Report on inoculation in the plague infected areas of the Punjab and its dependencies from October 1900 to September 1901
Year: 1900
Disease focus: Plague
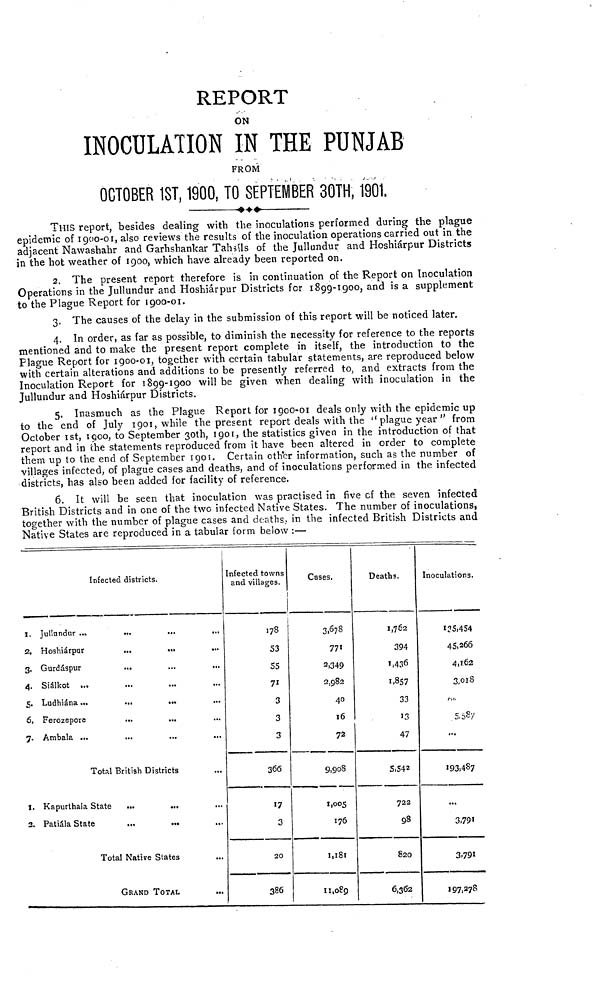
REPORT
ON
INOCULATION IN THE PUNJAB
FROM
OCTOBER 1ST, 1900, TO SEPTEMBER 30TH, 1901.
THIS report, besides dealing with the inoculations performed during the plague
epidemic of 1900-01, also reviews the results of the inoculation operations carried out in the
adjacent Nawashahr and Garhshankar Tahsíls of the Jullundur and Hoshiárpur Districts
in the hot weather of 1900, which have already been reported on.
2. The present report therefore is in continuation of the Report on Inoculation
Operations in the Jullundur and Hoshiárpur Districts for 1899-1900, and is a supplement
to the Plague Report for 1900-01.
3. The causes of the delay in the submission of this report will be noticed later.
4. In order, as far as possible, to diminish the necessity for reference to the reports
mentioned and to make the present report complete in itself, the introduction to the
Plague Report for 1900-01, together with certain tabular statements, are reproduced below
with certain alterations and additions to be presently referred to, and extracts from the
Inoculation Report for 1899-1900 will be given when dealing with inoculation in the
Jullundur and Hoshiárpur Districts.
5. Inasmuch as the Plague Report for 1900-01 deals only with the epidemic up
to the end of July 1901, while the present report deals with the "plague year" from
October 1st, 1900, to September 30th, 1901, the statistics given in the introduction of that
report and in the statements reproduced from it have been altered in order to complete
them up to the end of September 1901. Certain other information, such as the number of
villages infected, of plague cases and deaths, and of inoculations performed in the infected
districts, has also been added for facility of reference.
6. It will be seen that inoculation was practised in five of the seven infected
British Districts and in one of the two infected Native States. The number of inoculations,
together with the number of plague cases and deaths, in the infected British Districts and
Native States are reproduced in a tabular form below :—
Infected districts.
I. Jullundur ...
2, Hoshiárpur
...
...
3. Gurdáspur
...
...
...
4. Siálkot ...
5. Ludhiána ...
...
...
6. Ferozepore
...
...
7. Ambala ...
...
...
.
Total British Districts
I. Kapurthala State
...
...
3. Patiála State
Total Native States
GRAND TOTAL
Infected towns
and villages.
178
S3
55
71
3
3
3
366
17
3
20
386
Cases.
3,678
771
2,349
2,982
40
16
72
9,908
1.005
176
1,181
11,089
Deaths.
1,762
394
1,436
1,857
33
13
47
5,542
722
98
820
6,362
Inoculations.
45,266
4,162
3,018
5087
...
193,487
...
3,791
3,791
197,278